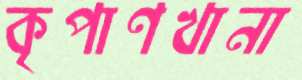
কৃপাণখানা